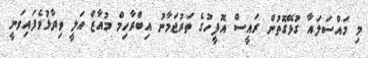
މި މައްސަލައާ ގުޅޭގޮތުން ރައީސް އޮފީހުގެ ތަރުޖަމާނު އިބްރާހިމް މުއާޒް އަލީ ވިދާޅުވެފައިވަނީ